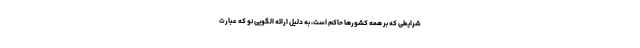
شرایطی که بر همه کشورها حاکم است، به دلیل ارائه الگویی نو که عبارت